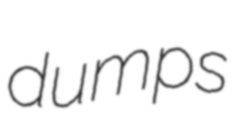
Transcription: dumps